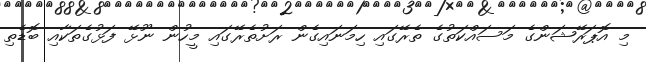
މި އޮޕަރޭޝަންގެ މަސައްކަތުގެ ތެރޭގައި ހިމަނައިގެން ރަށުތެރޭގައި މީހުން ނޫޅޭ ފަޅުގެތަކާއި ބޮޑެތި